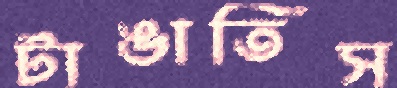
টাঙাতিস